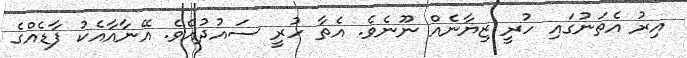
އިރު އެތަނުގައި ހުރީ ޒިޔާނެއް ނޫނެވެ. އެތާ ހުރީ ސައުދުއެވެ. އޭނާއާއެކު ފާޑެއްގެ